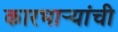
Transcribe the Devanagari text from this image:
कारभार्‍यांची